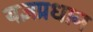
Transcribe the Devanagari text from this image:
यज्ञप्रधान